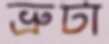
ভ্রুটা